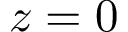
z = 0